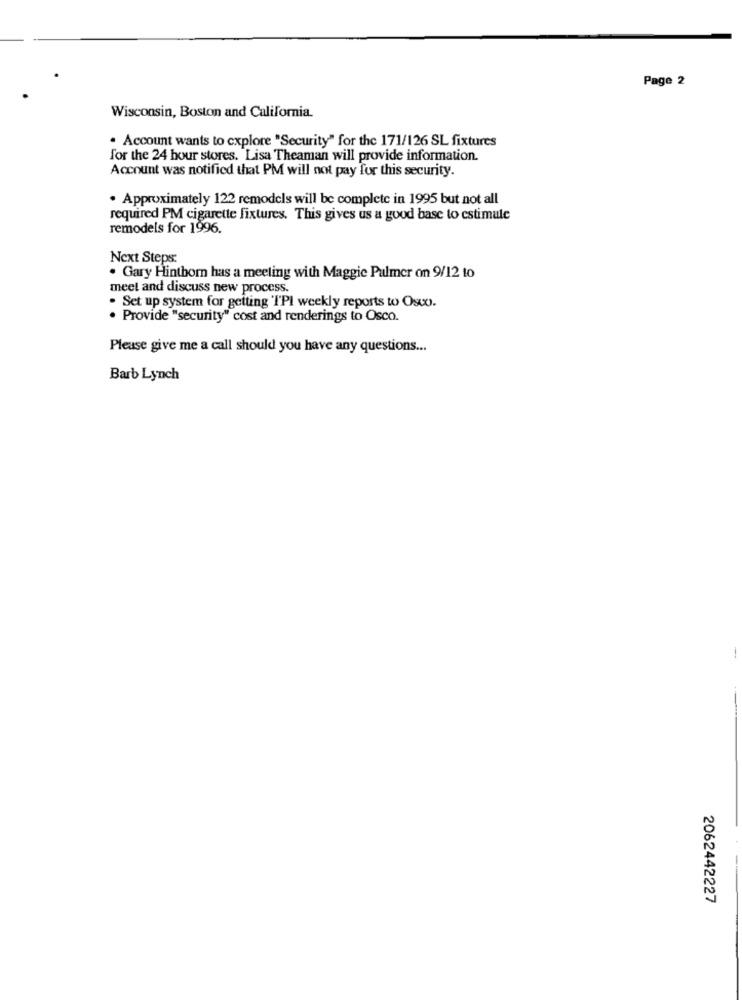
Page 2
Wisconsin, Boston and California.
. Account wants to explore "Security" for the 171/126 SL fixtures
for the 24 hour stores. Lisa Theaman will provide information.
Account was notified that PM will not pay for this security.
. Approximately 122 remodels will be complete in 1995 but not all
required PM cigarette fixtures. This gives us a good base to estimule
remodels for 1996.
Next Steps:
. Gary Hinthorn has a meeting with Maggie Palmer on 9/12 to
meet and discuss new process.
. Set up system for getting 'IPI weekly reports to Osco.
. Provide "security" cost and renderings to Osco.
Please give me a call should you have any questions ...
Barb Lynch
2062442227